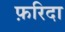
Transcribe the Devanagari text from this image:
फ़रिदा